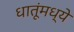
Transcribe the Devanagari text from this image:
धातूंमध्ये